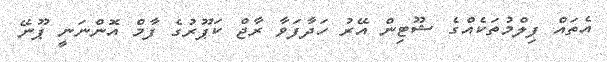
އެތައް ފިލްމުތަކެއްގެ ޝޫޓިން އޭރު ހަދާފަވާ ރާޖް ކަޕޫރުގެ ފާމް އޮންނަނީ ޕޫނޭ